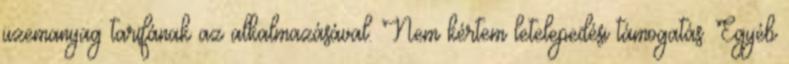
üzemanyag tarifának az alkalmazásával. Nem kértem letelepedési támogatás. Egyéb